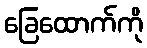
ခြေထောက်ကို